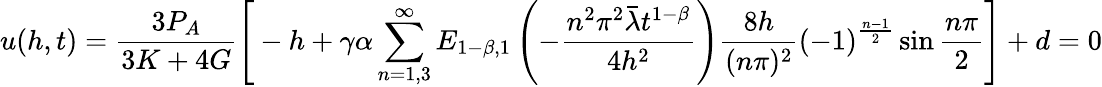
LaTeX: u(h,t)=\frac{3P_{A}}{3K+4G}\Bigg[-h+\gamma\alpha\sum_{n=1,3}^{\infty}E_{1-\beta,1}\left(-{\frac{n^{2}\pi^{2}\bar{\lambda}t^{1-\beta}}{4h^{2}}}\right)\frac{8h}{(n\pi)^{2}}\left(-1\right)^{\frac{n-1}{2}}\sin\frac{n\pi}{2}\Bigg]+d=0